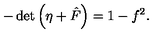
- \det \left( \eta + { \hat { F } } \right) = 1 - f ^ { 2 } .